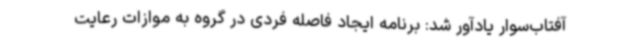
آفتاب‌سوار یادآور شد: برنامه ایجاد فاصله فردی در گروه به‌ موازات رعایت